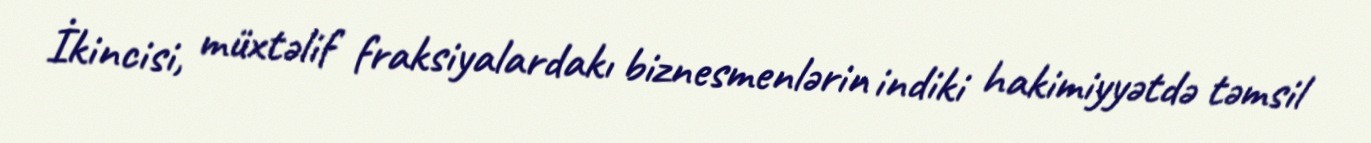
İkincisi, müxtəlif fraksiyalardakı biznesmenlərin indiki hakimiyyətdə təmsil